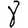
Digit: 8